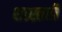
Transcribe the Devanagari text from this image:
शास्तरी